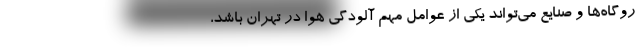
روگاه‌ها و صنایع می‌تواند یکی از عوامل مهم آلودگی هوا در تهران باشد،